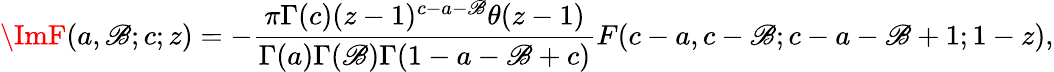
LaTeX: \ImF(a,\mathscr{B};c;z)=-\frac{{\pi\Gamma(c)(z-1)^{c-a-\mathscr{B}}\theta(z-1)}}{{\Gamma(a)\Gamma(\mathscr{B})\Gamma(1-a-\mathscr{B}+c)}}F(c-a,c-\mathscr{B};c-a-\mathscr{B}+1;1-z),